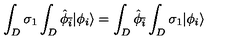
\int _ { D } \sigma _ { 1 } \int _ { D } { \hat { \phi } } _ { \bar { i } } | \phi _ { i } \rangle = \int _ { D } { \hat { \phi } } _ { \bar { i } } \int _ { D } \sigma _ { 1 } | \phi _ { i } \rangle \,